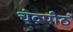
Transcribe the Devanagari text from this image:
चंद्रपीठ